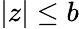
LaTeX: |z|\le b